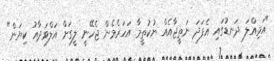
"އަމިއްލަ ދަނޑުގައި އެފަދަ ނަތީޖާއެއް ނުކުތީމާ އަހަރެމެން ޖެހޭނީ ލީގަށް އަލްވަދާއު ކިޔަން"